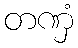
တဏှံ